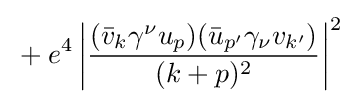
{}+e^{4}\left|{\frac {({\bar {v}}_{k}\gamma ^{\nu }u_{p})({\bar {u}}_{p'}\gamma _{\nu }v_{k'})}{(k+p)^{2}}}\right|^{2}